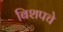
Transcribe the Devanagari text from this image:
बिशपचे